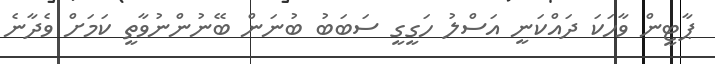
ޕާޓީން ވާހަކަ ދައްކަނީ އަސްލު ހަގީގީ ސަބަބު ބުނަން ބޭނުންނުވާތީ ކަމަށް ވެދާނެ